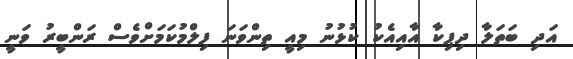
އަދި ބަތަލާ ދިޕިކާ އާއިއެކު ކުޅުނު މިއީ ތިންވަނަ ފިލްމުކަމަށްވެސް ރަންބީރު ވަނީ